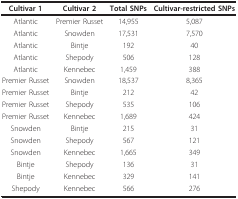
<table><thead><tr><td><b>Cultivar 1</b></td><td><b>Cultivar 2</b></td><td><b>Total SNPs</b></td><td><b>Cultivar-restricted SNPs</b></td></tr></thead><tbody><tr><td>Atlantic</td><td>Premier Russet</td><td>14,955</td><td>5,087</td></tr><tr><td>Atlantic</td><td>Snowden</td><td>17,531</td><td>7,570</td></tr><tr><td>Atlantic</td><td>Bintje</td><td>192</td><td>40</td></tr><tr><td>Atlantic</td><td>Shepody</td><td>506</td><td>128</td></tr><tr><td>Atlantic</td><td>Kennebec</td><td>1,459</td><td>388</td></tr><tr><td>Premier Russet</td><td>Snowden</td><td>18,537</td><td>8,365</td></tr><tr><td>Premier Russet</td><td>Bintje</td><td>212</td><td>42</td></tr><tr><td>Premier Russet</td><td>Shepody</td><td>535</td><td>106</td></tr><tr><td>Premier Russet</td><td>Kennebec</td><td>1,689</td><td>424</td></tr><tr><td>Snowden</td><td>Bintje</td><td>215</td><td>31</td></tr><tr><td>Snowden</td><td>Shepody</td><td>567</td><td>121</td></tr><tr><td>Snowden</td><td>Kennebec</td><td>1,665</td><td>349</td></tr><tr><td>Bintje</td><td>Shepody</td><td>136</td><td>31</td></tr><tr><td>Bintje</td><td>Kennebec</td><td>329</td><td>141</td></tr><tr><td>Shepody</td><td>Kennebec</td><td>566</td><td>276</td></tr></tbody></table>